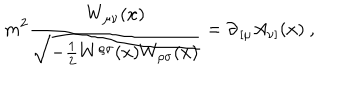
m ^ { 2 } { \frac { W _ { \mu \nu } ( x ) } { \sqrt { - { \frac { 1 } { 2 } } W ^ { \rho \sigma } ( x ) W _ { \rho \sigma } ( x ) } } } = \partial _ { \, [ \mu } A _ { \nu ] } ( x ) \ ,